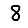
Digit: 8